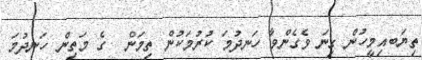
ތިޔަބއިމީހުން ގިނަ ވެގެންވާ ހަނދުމަ ކުރުމަކުން ތިމަން  ގެ މަތިން ހަނދުމަ